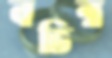
বভিন্ন